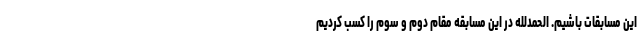
این مسابقات باشیم. الحمدللّه در این مسابقه مقام دوم و سوم را کسب کردیم